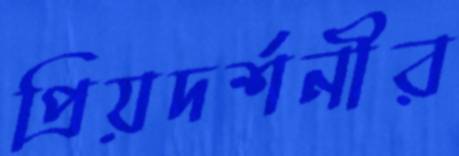
প্রিয়দর্শনীর